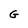
Character: G